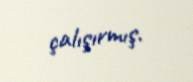
çalışırmış.